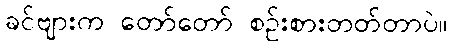
ခင်ဗျားက တော်တော် စဉ်းစားတတ်တာပဲ။